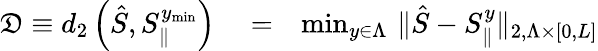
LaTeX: \begin{array}{rlr}{\mathfrak{D}\equiv d_{2}\left(\hat{S},S_{\parallel}^{y_{\mathrm{min}}}\right)}&{{}=}&{\operatorname*{min}_{y\in\Lambda}\, \| \hat{S}-S_{\parallel}^{y}\| _{2,\Lambda\times\lbrack 0,L\rbrack}}\end{array}